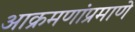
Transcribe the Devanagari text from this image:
आक्रमणांप्रमाणे